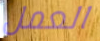
العمل